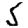
Digit: 5